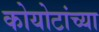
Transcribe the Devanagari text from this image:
कोयोटांच्या